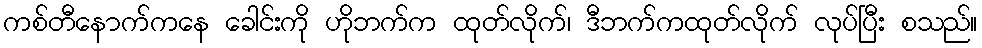
ကစ်တီနောက်ကနေ ခေါင်းကို ဟိုဘက်က ထုတ်လိုက်၊ ဒီဘက်ကထုတ်လိုက် လုပ်ပြီး စသည်။